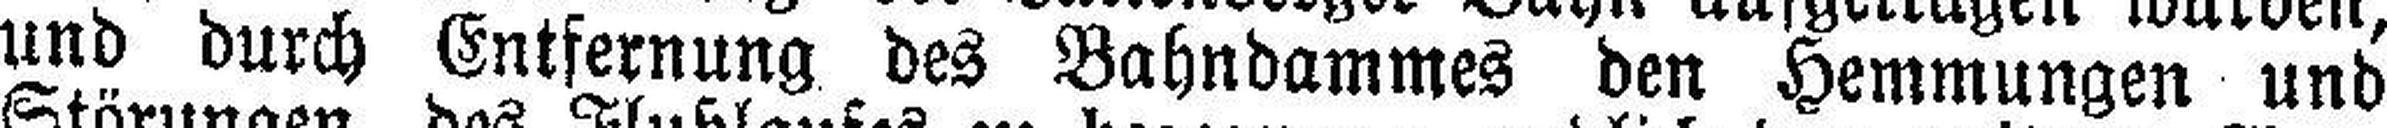
und durch Entfernung des Bahndammes den Hemmungen und